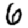
Digit: 6